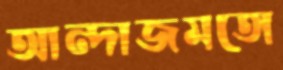
আন্দাজমতো